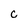
Character: c